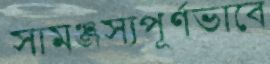
সামঞ্জস্যপূর্ণভাবে